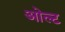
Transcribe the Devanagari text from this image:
ओल्ट